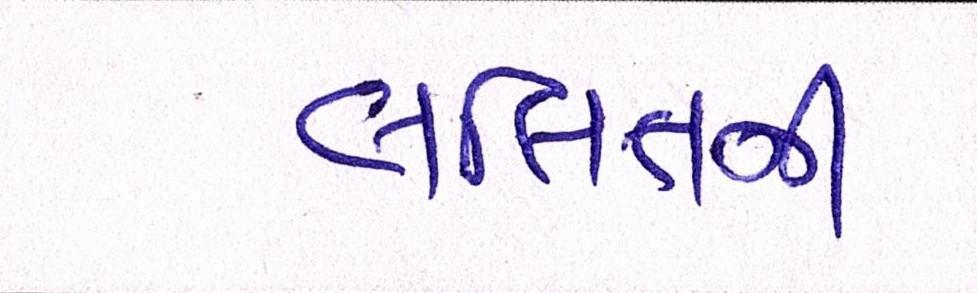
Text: લલિતની